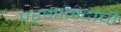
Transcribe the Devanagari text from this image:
परमानंदांची